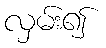
လှမ်း၍